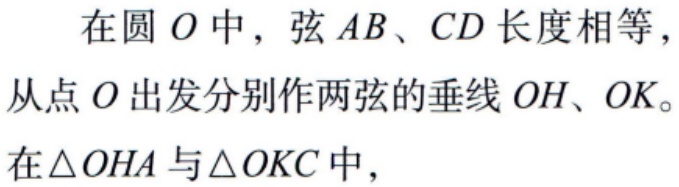
在圆 \(O\) 中，弦 \(AB、CD\) 长度相等，从点 \(O\) 出发分别作两弦的垂线 \(OH、OK\)。在\(\triangle OHA\) 与\(\triangle OKC\) 中，